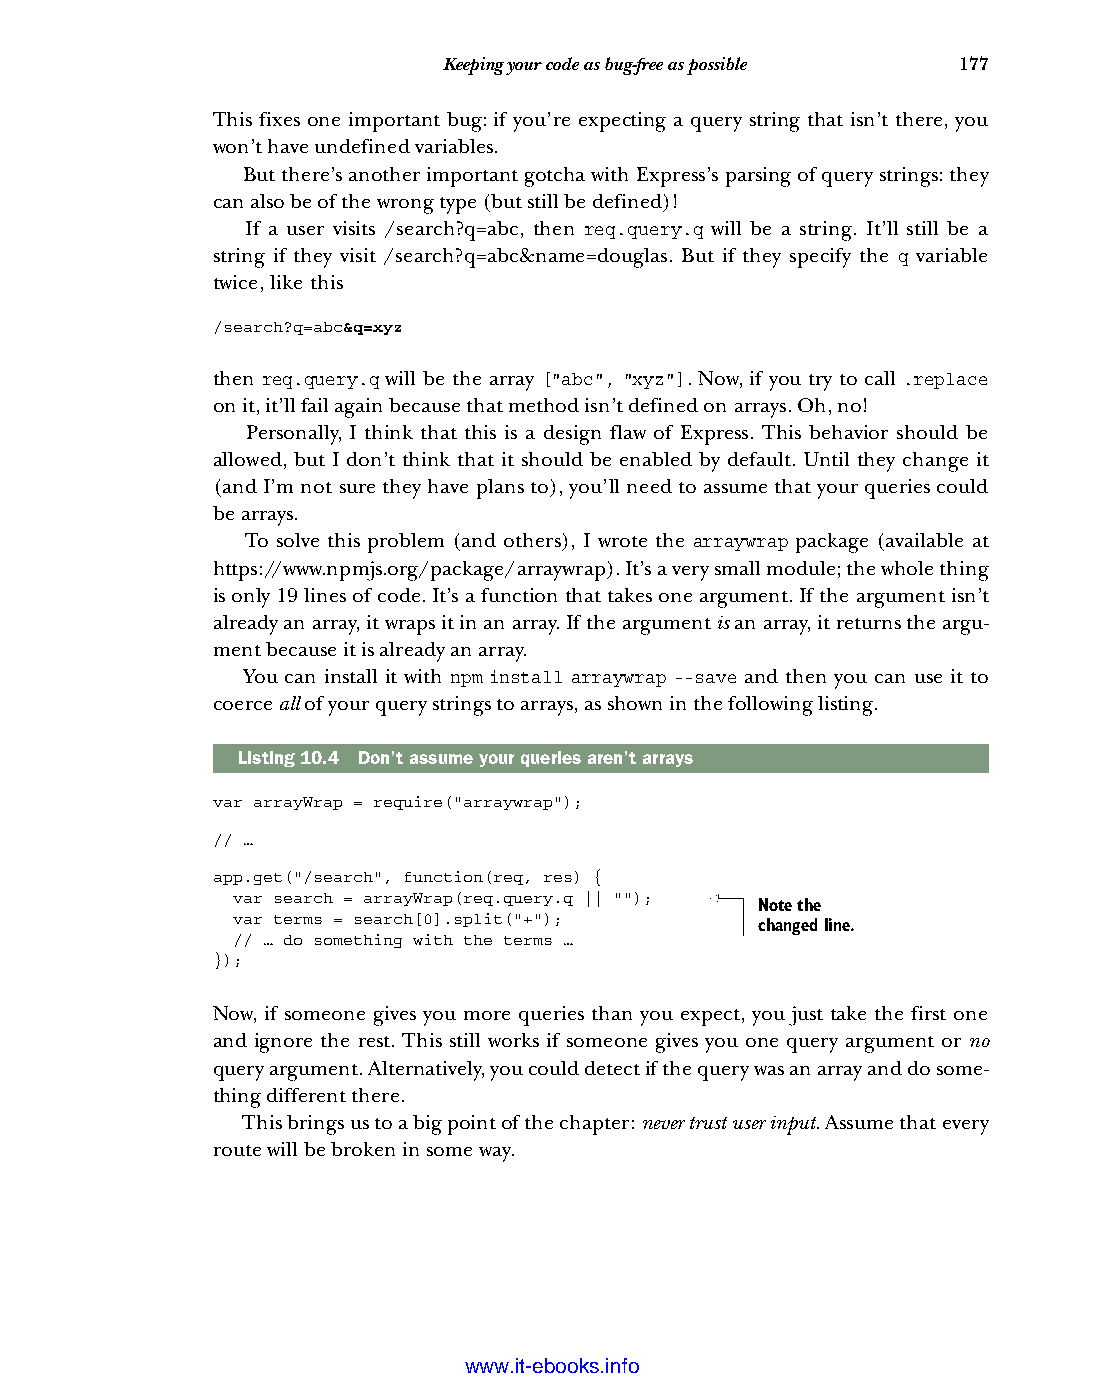
Keeping your code as bug-free as possible 177
 This fixes one important bug: if you’re expecting a query string that isn’t there, you
 won’t have undefined variables.
 But there’s another important gotcha with Express’s parsing of query strings: they
 can also be of the wrong type (but still be defined)!
 If a user visits /search?q=abc, then req.query.q will be a string. It’ll still be a
 string if they visit /search?q=abc&name=douglas. But if they specify the q variable
 twice, like this
 /search?q=abc&q=xyz
 then req.query.q will be the array ["abc", "xyz"]. Now, if you try to call .replace
 on it, it’ll fail again because that method isn’t defined on arrays. Oh, no!
 Personally, I think that this is a design flaw of Express. This behavior should be
 allowed, but I don’t think that it should be enabled by default. Until they change it
 (and I’m not sure they have plans to), you’ll need to assume that your queries could
 be arrays.
 To solve this problem (and others), I wrote the arraywrap package (available at
 https://www.npmjs.org/package/arraywrap). It’s a very small module; the whole thing
 is only 19 lines of code. It’s a function that takes one argument. If the argument isn’t
 already an array, it wraps it in an array. If the argument is an array, it returns the argu-
 ment because it is already an array.
 You can install it with npm install arraywrap --save and then you can use it to
 coerce all of your query strings to arrays, as shown in the following listing.
 Listing10.4 Don’t assume your queries aren’t arrays
 var arrayWrap = require("arraywrap");
 // …
 app.get("/search", function(req, res) {
 var search = arrayWrap(req.query.q || "");
 Note the
 var terms = search[0].split("+");
 changed line.
 // … do something with the terms …
 });
 Now, if someone gives you more queries than you expect, you just take the first one
 and ignore the rest. This still works if someone gives you one query argument or no
 query argument. Alternatively, you could detect if the query was an array and do some-
 thing different there.
 This brings us to a big point of the chapter: never trust user input. Assume that every
 route will be broken in some way.
 Licensed wtow w <.mit-ielebro.8o8k8s@.ingfomail.com>